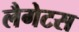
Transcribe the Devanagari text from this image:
लैगेटस